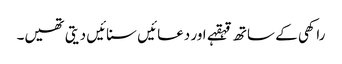
راکھی کے ساتھ قہقہے اور دعائیں سنائیں دیتی تھیں۔